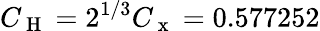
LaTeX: C_{\mathrm{~H~}}=2^{1/3}C_{\mathrm{~x~}}=0.577252